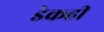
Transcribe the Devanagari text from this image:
डेकही